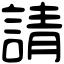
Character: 請